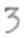
3